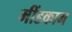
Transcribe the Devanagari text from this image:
मींडकाम